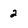
Character: 2